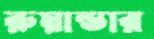
রুয়ান্ডার